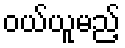
ဝယ်ယူမည့်